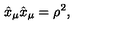
\hat { x } _ { \mu } \hat { x } _ { \mu } = \rho ^ { 2 } ,